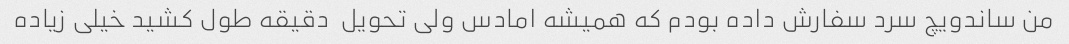
من ساندویچ سرد سفارش داده بودم که همیشه امادس ولی تحویل  دقیقه طول کشید خیلی زیاده